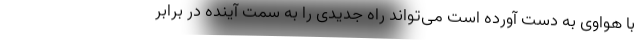
با هواوی به دست آورده است می‌تواند راه جدیدی را به سمت آینده در برابر